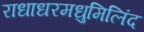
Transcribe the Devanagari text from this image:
राधाधरमधुमिलिंद